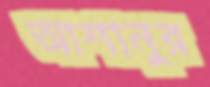
আশানুর